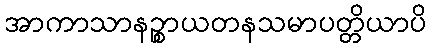
အာကာသာနဉ္စာယတနသမာပတ္တိယာပိ